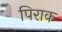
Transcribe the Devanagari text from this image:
पिराक